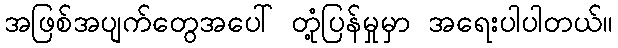
အဖြစ်အပျက်တွေအပေါ် တုံ့ပြန်မှုမှာ အရေးပါပါတယ်။